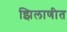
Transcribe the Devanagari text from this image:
झिलाणीत